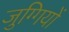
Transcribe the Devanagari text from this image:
जुग्गियों